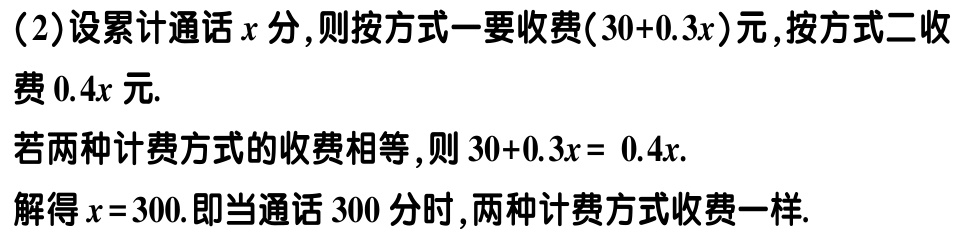
（2）设累计通话\(x\)分,则按方式一要收费\((30 + 0.3x)\)元,按方式二收费\(0.4x\)元.

若两种计费方式的收费相等,则\(30 + 0.3x = 0.4x\).

解得\(x = 300\).即当通话\(300\)分时,两种计费方式收费一样.